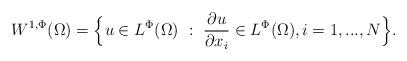
LaTeX: \begin{align*}W^{1, \Phi}(\Omega) = \Big\{ u \in L^{\Phi}(\Omega) \ :\ \frac{\partial u}{\partial x_{i}} \in L^{\Phi}(\Omega), i = 1, ..., N\Big\}.\end{align*}